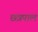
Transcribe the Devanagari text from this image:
छत्रपाल